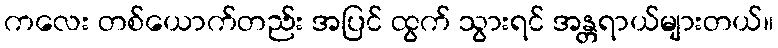
ကလေး တစ်ယောက်တည်း အပြင် ထွက် သွားရင် အန္တရာယ်များတယ်။